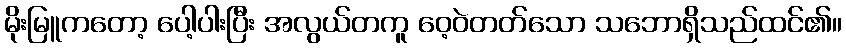
မိုးမြူကတော့ ပေါ့ပါးပြီး အလွယ်တကူ ဝေ့ဝဲတတ်သော သဘောရှိသည်ထင်၏။